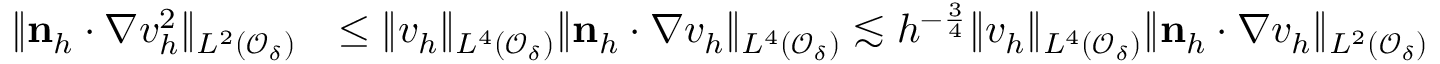
\begin{array} { r l } { \| \mathbf n _ { h } \cdot \nabla v _ { h } ^ { 2 } \| _ { L ^ { 2 } ( \mathcal { O } _ { \delta } ) } } & { \le \| v _ { h } \| _ { L ^ { 4 } ( \mathcal { O } _ { \delta } ) } \| \mathbf n _ { h } \cdot \nabla v _ { h } \| _ { L ^ { 4 } ( \mathcal { O } _ { \delta } ) } \lesssim h ^ { - \frac 3 4 } \| v _ { h } \| _ { L ^ { 4 } ( \mathcal { O } _ { \delta } ) } \| \mathbf n _ { h } \cdot \nabla v _ { h } \| _ { L ^ { 2 } ( \mathcal { O } _ { \delta } ) } } \end{array}